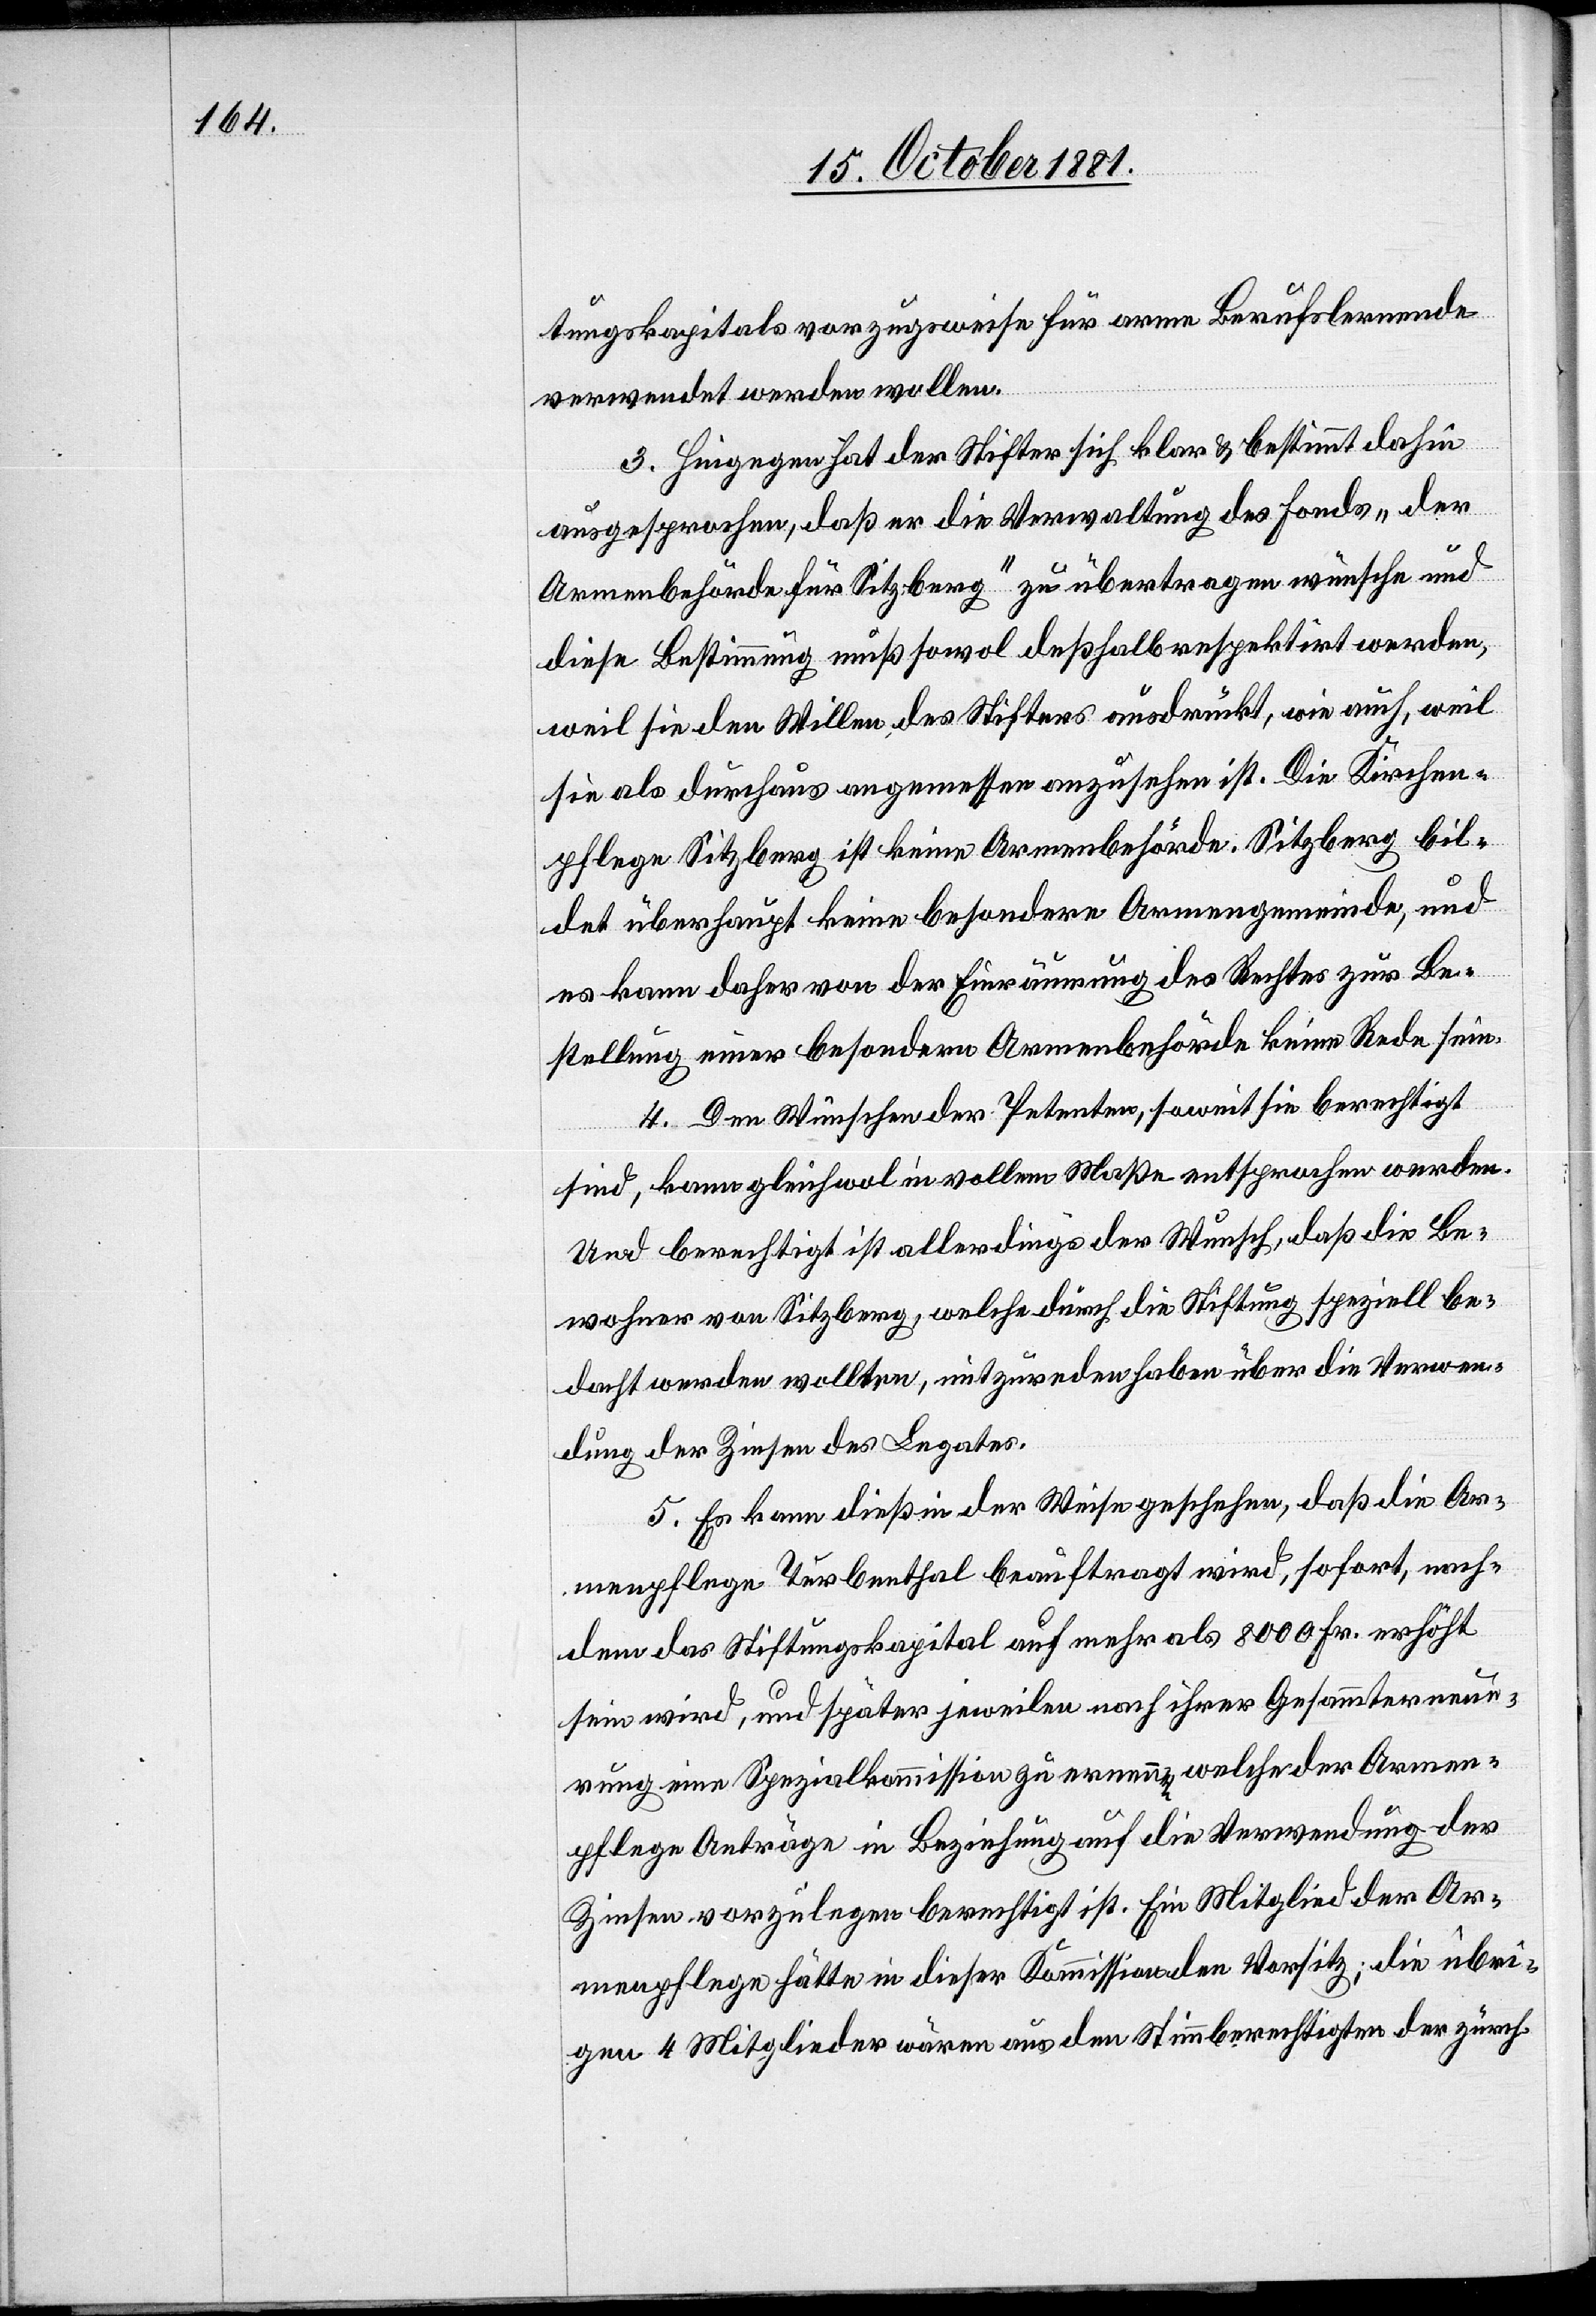
tungskapitals vorzugsweise für arme Berufslernende
verwendet werden wollen.
3. Hiegegen hat der Stifter sich klar & bestimmt dahin
ausgesprochen, daß er die Verwaltung des Fonds „der
Armenbehörde für Sitzberg“ zu übertragen wünsche und
diese Bestimmung muß sowol deßhalb respektirt werden,
weil sie den Willen des Stifters ausdrückt, wie auch, weil
sie als durchaus angemessen anzusehen ist. Die Kirchen¬
pflege Sitzberg ist keine Armenbehörde. Sitzberg bil¬
det überhaupt keine besondere Armengemeinde, und
es kann daher von der Einräumung des Rechtes zur Be¬
stellung einer besondern Armenbehörde keine Rede sein.
4. Den Wünschen der Petenten, soweit sie berechtigt
sind, kann gleichwol in vollem Maße entsprochen werden.
Und berechtigt ist allerdings der Wunsch, daß die Be¬
wohner von Sitzberg, welche durch die Stiftung speziell be¬
dacht werden wollten, mitzureden haben über die Verwen¬
dung der Zinsen des Legates.
5. Es kann dieß in der Weise geschehen, daß die Ar¬
menpflege Turbenthal beauftragt wird, sofort, nach¬
dem das Stiftungskapital auf mehr als 8000 Fr. erhöht
sein wird, und später jeweilen nach ihrer Gesammterneue¬
rung eine Spezialkommission ernenne, welche der Armen¬
pflege Anträge in Beziehung auf die Verwendung der
Zinsen vorzulegen berechtigt ist. Ein Mitglied der Ar¬
menpflege hätte in dieser Kommission den Vorsitz; die übri¬
gen 4 Mitglieder wären aus den Stimmberechtigten der zürch.